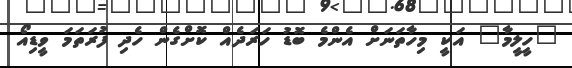
"ހީލީމާ" އަކީ މިހާތަނަށް އެންމެ ބޮޑު ހަރަދެއް ކޮށްގެން ހެދި ފުރަތަމަ ވީޑިއޯ